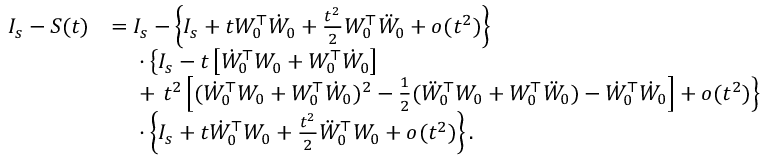
\begin{array} { r l } { I _ { s } - S ( t ) } & { = I _ { s } - \left\{ I _ { s } + t W _ { 0 } ^ { \top } \dot { W } _ { 0 } + \frac { t ^ { 2 } } { 2 } W _ { 0 } ^ { \top } \ddot { W } _ { 0 } + o ( t ^ { 2 } ) \right\} } \\ & { \phantom { = \ } \cdot \left\{ I _ { s } - t \left[ \dot { W } _ { 0 } ^ { \top } W _ { 0 } + W _ { 0 } ^ { \top } \dot { W } _ { 0 } \right] \right. } \\ & { \phantom { = \ } + \left. t ^ { 2 } \left[ ( \dot { W } _ { 0 } ^ { \top } W _ { 0 } + W _ { 0 } ^ { \top } \dot { W } _ { 0 } ) ^ { 2 } - \frac { 1 } { 2 } ( \ddot { W } _ { 0 } ^ { \top } W _ { 0 } + W _ { 0 } ^ { \top } \ddot { W } _ { 0 } ) - \dot { W } _ { 0 } ^ { \top } \dot { W } _ { 0 } \right] + o ( t ^ { 2 } ) \right\} } \\ & { \phantom { = \ } \cdot \left\{ I _ { s } + t \dot { W } _ { 0 } ^ { \top } W _ { 0 } + \frac { t ^ { 2 } } { 2 } \ddot { W } _ { 0 } ^ { \top } W _ { 0 } + o ( t ^ { 2 } ) \right\} . } \end{array}